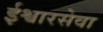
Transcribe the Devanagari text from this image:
ईश्वारसेवा